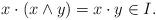
LaTeX: \begin{align*}x\cdot(x\wedge y)=x\cdot y\in I.\end{align*}